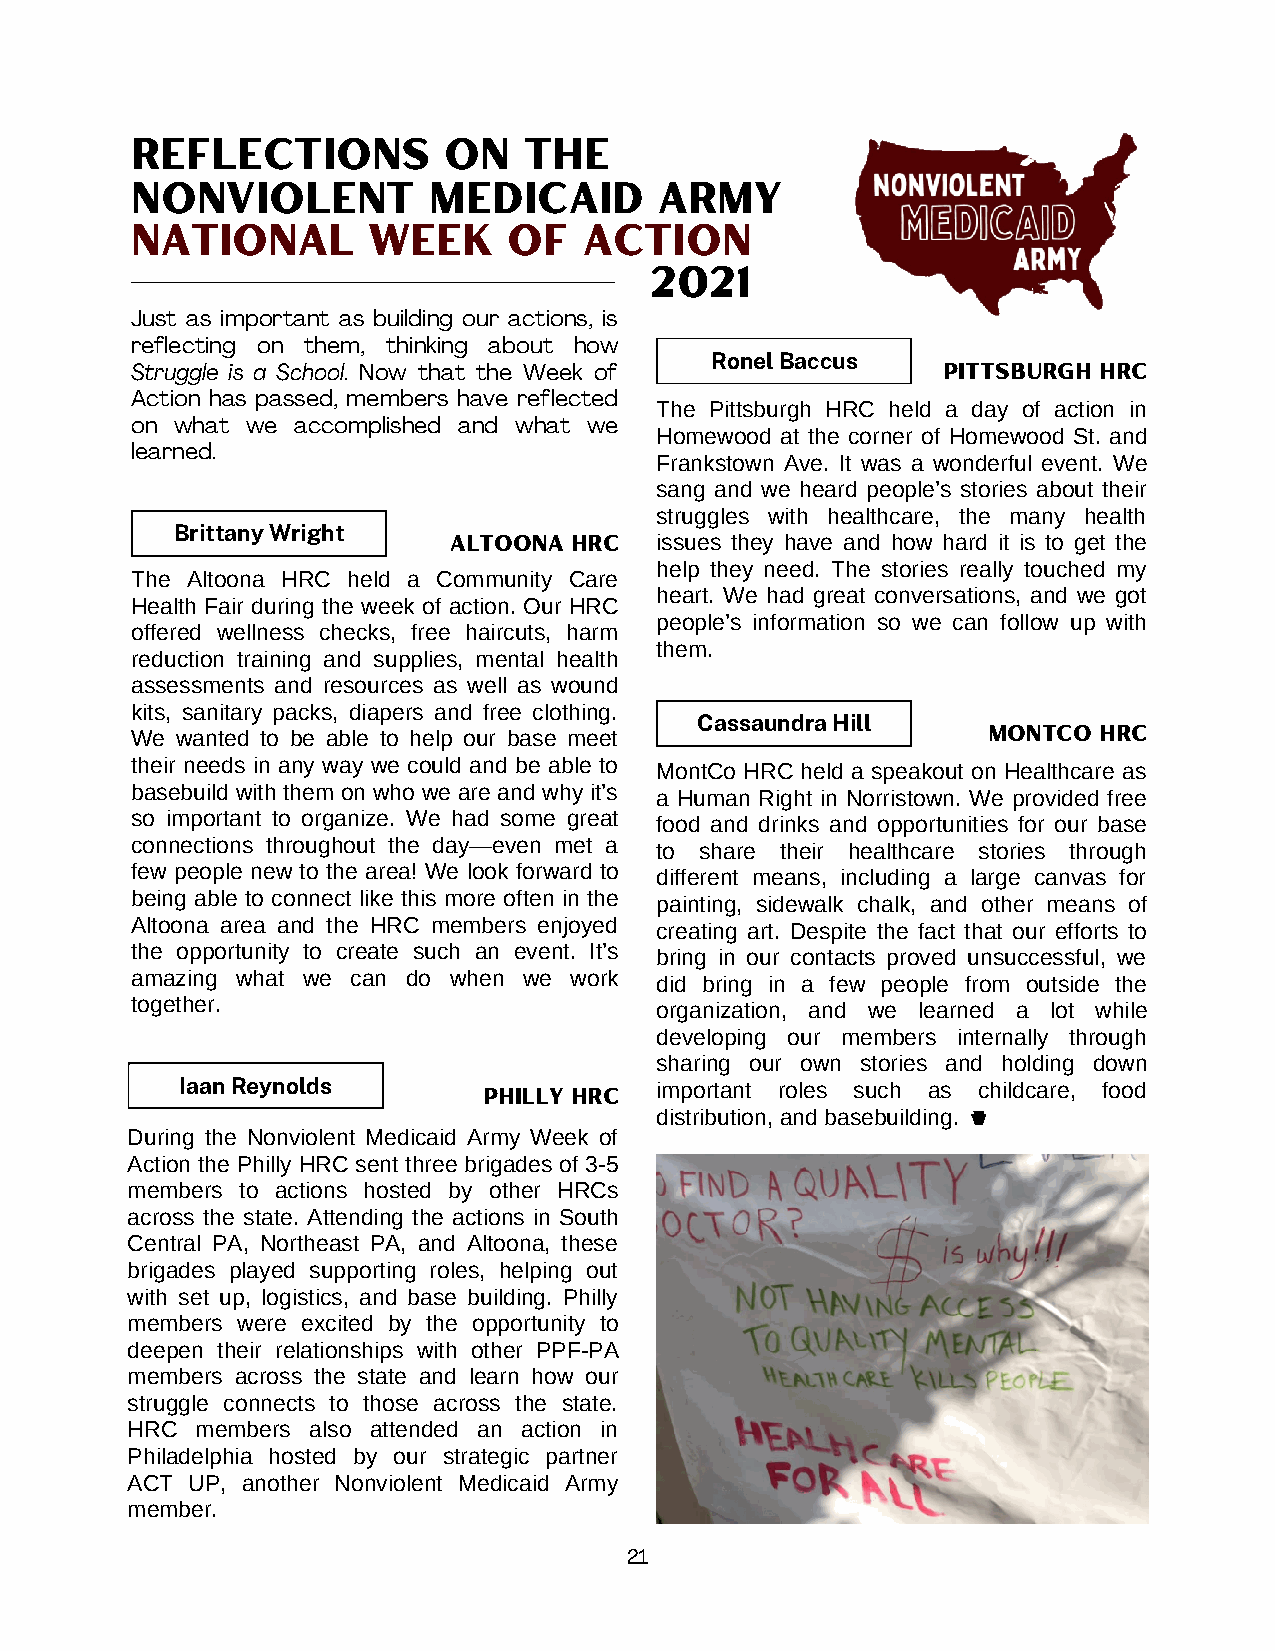
Reflections         on    the
 Nonviolent         Medicaid        army
 National       Week      of   Action
 2021
 Just as important as building our actions, is
 reflecting on them, thinking about how
 Ronel Baccus
 Struggle is a School. Now that the Week of           Pittsburgh hrc
 Action has passed, members have reflected
 The Pittsburgh HRC held a day of action in
 on what we accomplished and what we
 Homewood at the corner of Homewood St. and
 learned.
 Frankstown Ave. It was a wonderful event. We
 sang and we heard people’s stories about their
 struggles with healthcare, the many health
 Brittany Wright
 Altoona hrc  issues they have and how hard it is to get the
 help they need. The stories really touched my
 The Altoona HRC held a Community Care
 heart. We had great conversations, and we got
 Health Fair during the week of action. Our HRC
 people’s information so we can follow up with
 offered wellness checks, free haircuts, harm
 them.
 reduction training and supplies, mental health
 assessments and resources as well as wound
 kits, sanitary packs, diapers and free clothing.
 Cassaundra Hill
 We wanted to be able to help our base meet              Montco  hrc
 their needs in any way we could and be able to MontCo HRC held a speakout on Healthcare as
 basebuild with them on who we are and why it’s a Human Right in Norristown. We provided free
 so important to organize. We had some great food and drinks and opportunities for our base
 connections throughout the day—even met a to share their healthcare stories through
 few people new to the area! We look forward to different means, including a large canvas for
 being able to connect like this more often in the painting, sidewalk chalk, and other means of
 Altoona area and the HRC members enjoyed creating art. Despite the fact that our efforts to
 the opportunity to create such an event. It’s bring in our contacts proved unsuccessful, we
 amazing what we can do when we work did bring in a few people from outside the
 together.                         organization, and we learned a lot while
 developing our members internally through
 sharing our own stories and holding down
 Iaan Reynolds                  important roles such as childcare, food
 Philly hrc
 distribution, and basebuilding.
 During the Nonviolent Medicaid Army Week of
 Action the Philly HRC sent three brigades of 3-5
 members to actions hosted by other HRCs
 across the state. Attending the actions in South
 Central PA, Northeast PA, and Altoona, these
 brigades played supporting roles, helping out
 with set up, logistics, and base building. Philly
 members were excited by the opportunity to
 deepen their relationships with other PPF-PA
 members across the state and learn how our
 struggle connects to those across the state.
 HRC  members also attended an action in
 Philadelphia hosted by our strategic partner
 ACT UP, another Nonviolent Medicaid Army
 member.
 21